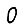
Digit: 0